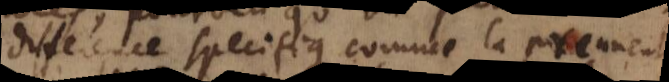
difference specifique, comme la prennent